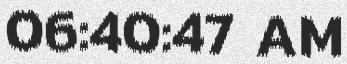
06:40:47 AM